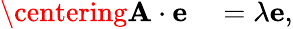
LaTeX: \begin{array}{rl}{\centering\mathbf{A}\cdot\mathbf{e}}&{{}=\lambda\mathbf{e},}\end{array}